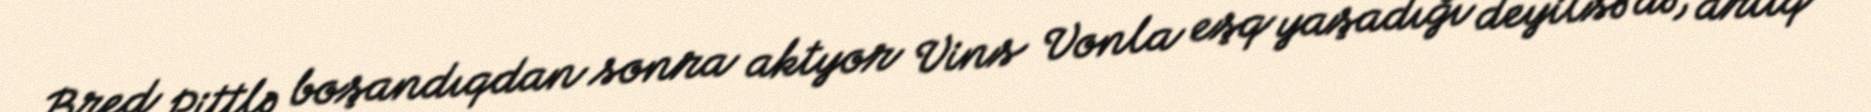
Bred Pittlə boşandıqdan sonra aktyor Vins Vonla eşq yaşadığı deyilsə də, artıq